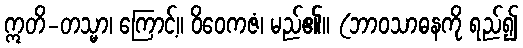
ဣတိ-တသ္မာ၊ ကြောင့်။ ဝိဝေကဇံ၊ မည်၏။ (ဘာဝသာဓနကို ရည်၍